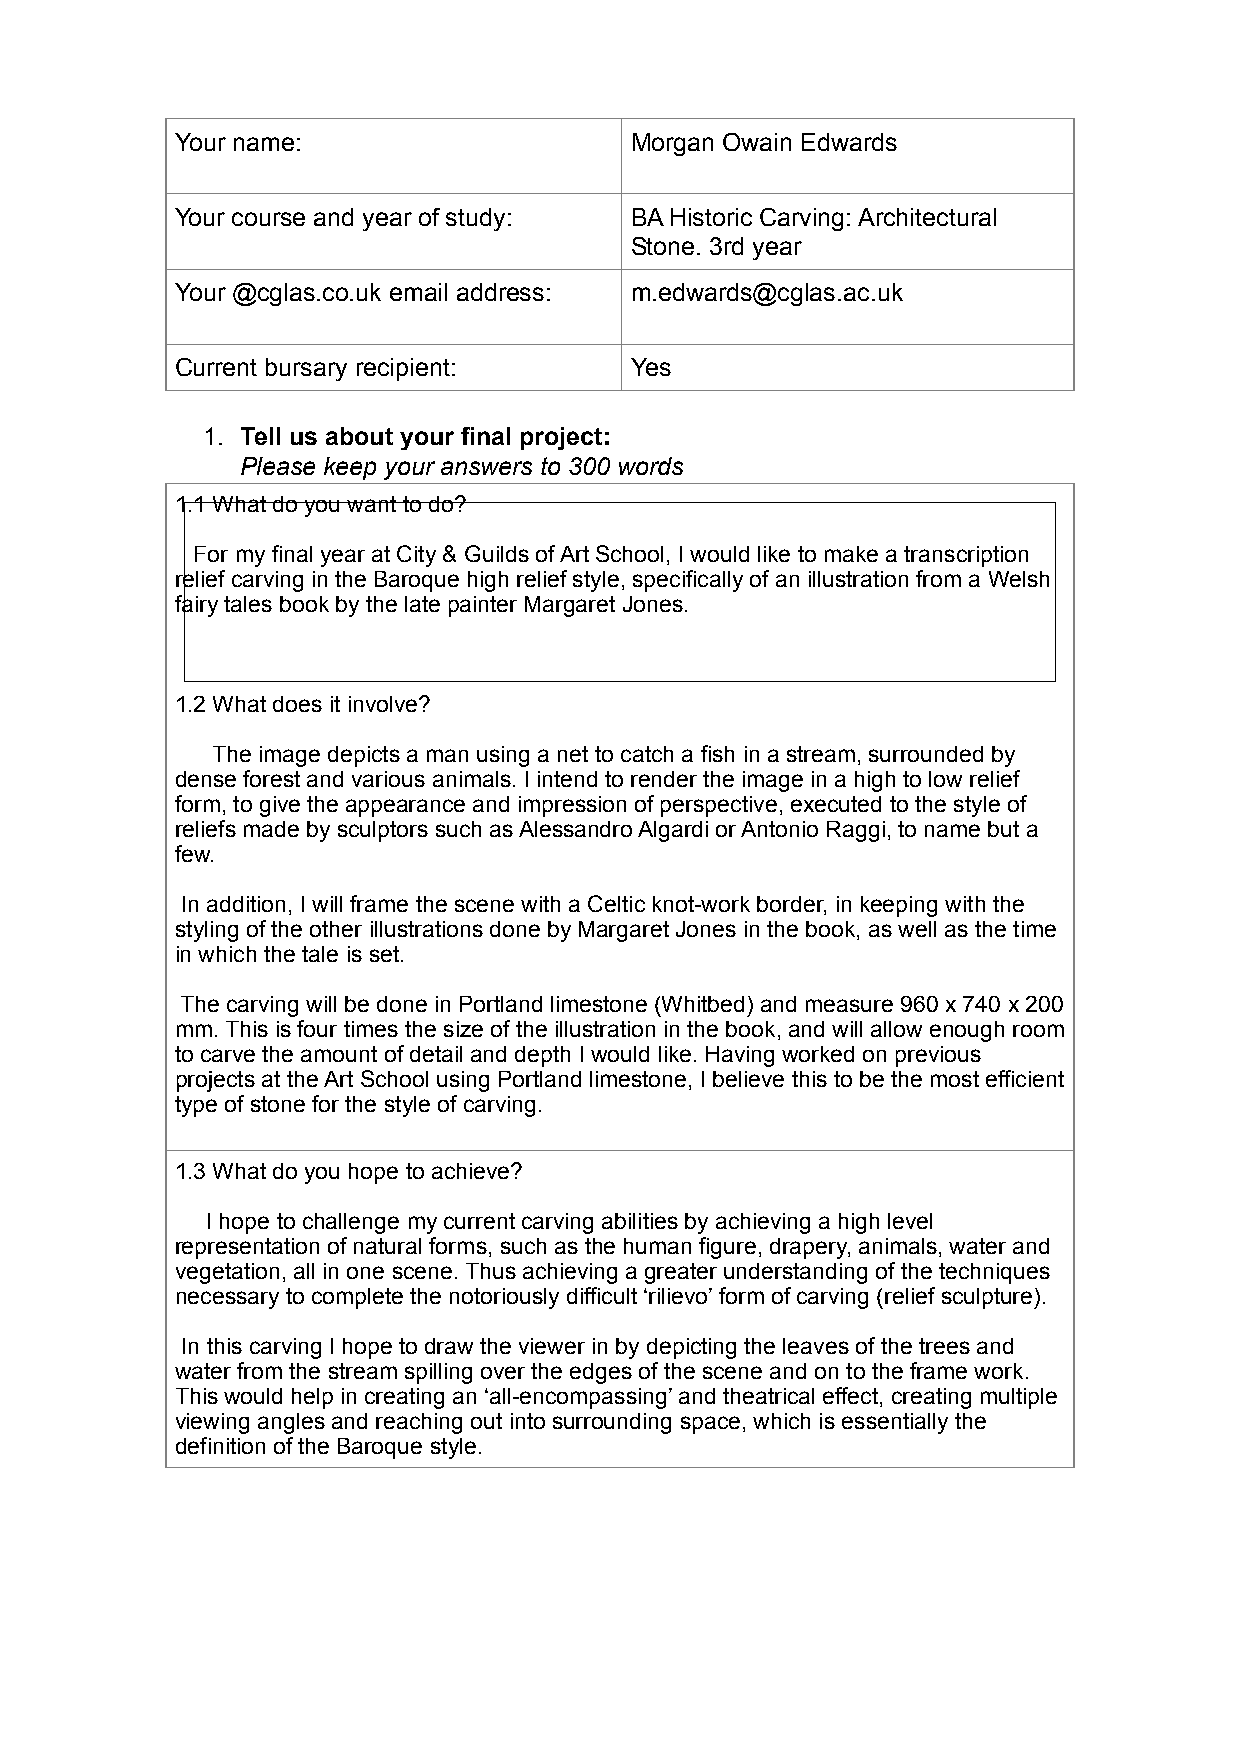
Your name:                    Morgan Owain Edwards
 Your course and year of study: BA Historic Carving: Architectural
 Stone. 3rd year
 Your @cglas.co.uk email address: m.edwards@cglas.ac.uk
 Current bursary recipient:    Yes
 1. Tell us about your final project:
 Please keep your answers to 300 words
 1.1 What do you want to do?
 For my final year at City & Guilds of Art School, I would like to make a transcription
 relief carving in the Baroque high relief style, specifically of an illustration from a Welsh
 fairy tales book by the late painter Margaret Jones.
 1.2 What does it involve?
 The image depicts a man using a net to catch a fish in a stream, surrounded by
 dense forest and various animals. I intend to render the image in a high to low relief
 form, to give the appearance and impression of perspective, executed to the style of
 reliefs made by sculptors such as Alessandro Algardi or Antonio Raggi, to name but a
 few.
 In addition, I will frame the scene with a Celtic knot-work border, in keeping with the
 styling of the other illustrations done by Margaret Jones in the book, as well as the time
 in which the tale is set.
 The carving will be done in Portland limestone (Whitbed) and measure 960 x 740 x 200
 mm. This is four times the size of the illustration in the book, and will allow enough room
 to carve the amount of detail and depth I would like. Having worked on previous
 projects at the Art School using Portland limestone, I believe this to be the most efficient
 type of stone for the style of carving.
 1.3 What do you hope to achieve?
 I hope to challenge my current carving abilities by achieving a high level
 representation of natural forms, such as the human figure, drapery, animals, water and
 vegetation, all in one scene. Thus achieving a greater understanding of the techniques
 necessary to complete the notoriously difficult ‘rilievo’ form of carving (relief sculpture).
 In this carving I hope to draw the viewer in by depicting the leaves of the trees and
 water from the stream spilling over the edges of the scene and on to the frame work.
 This would help in creating an ‘all-encompassing’ and theatrical effect, creating multiple
 viewing angles and reaching out into surrounding space, which is essentially the
 definition of the Baroque style.